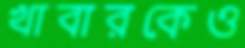
খাবারকেও